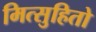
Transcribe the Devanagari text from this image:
मित्सुहितो